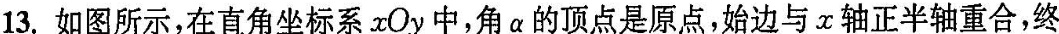
13.如图所示，在直角坐标系xOy中，角α的顶点是原点，始边与x轴正半轴重合，终